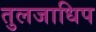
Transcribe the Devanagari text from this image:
तुलजाधिप